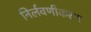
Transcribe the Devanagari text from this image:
निर्लवणीकरण